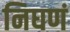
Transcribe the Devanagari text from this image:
निघणं